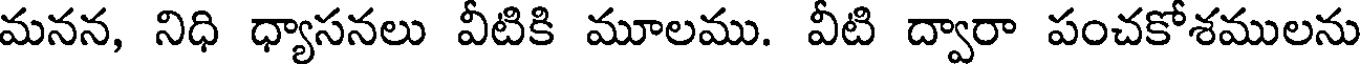
మనన, నిధి ధ్యాసనలు వీటికి మూలము. వీటి ద్వారా పంచకోశములను